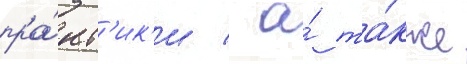
пра́кт'ик'и / а́ та́кже